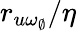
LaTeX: r_{u\omega_{\emptyset}}/\eta